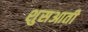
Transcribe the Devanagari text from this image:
शुसआती